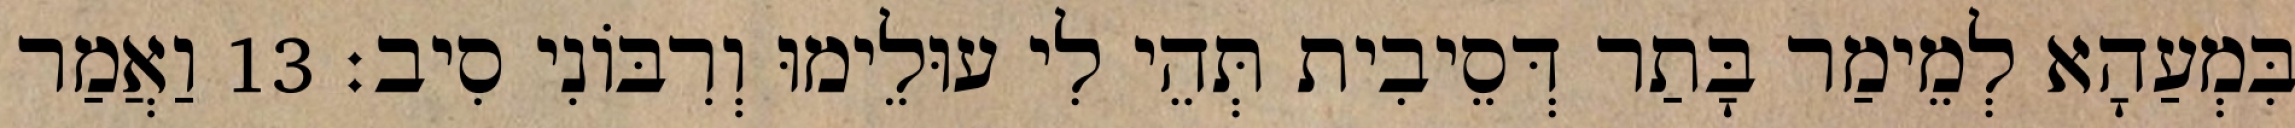
בִּמְעַהָא לְמֵימַר בָּתַר דְּסֵיבִית תְּהֵי לִי עוּלֵימוּ וְרִבּוֹנִי סִיב׃ 13 וַאֲמַר